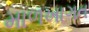
માળખાગત